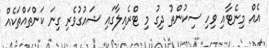
އެއް މިނެޓާއި ވިހި ސިކުންތު ދިގު މި ޓްރެއިލާގައި ޝައުގުވެރި ގިނަ ކަންތައްތަކެއް